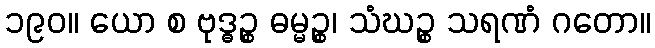
၁၉၀။ ယော စ ဗုဒ္ဓဉ္စ ဓမ္မဉ္စ၊ သံဃဉ္စ သရဏံ ဂတော။